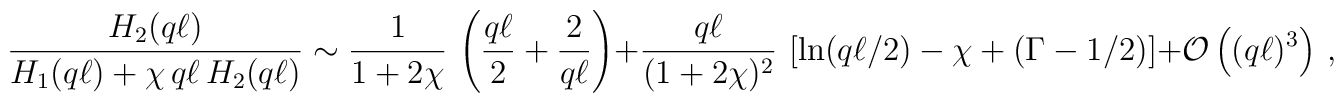
\frac{H_2(q\ell)}{H_1(q\ell)+\chi\,q\ell\,H_2(q\ell)}\sim\frac{1}{1+2\chi}\,\left(\frac{q\ell}{2}+\frac{2}{q\ell}\right)+\frac{q\ell}{(1+2\chi)^2}\,\left[\ln(q\ell/2)-\chi+(\Gamma-1/2)\right]+{\cal O}\left((q\ell)^3\right)\,,